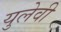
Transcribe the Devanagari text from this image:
युलेवी